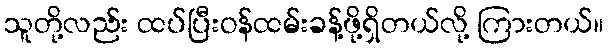
သူတို့လည်း ထပ်ပြီးဝန်ထမ်းခန့်ဖို့ရှိတယ်လို့ ကြားတယ်။